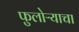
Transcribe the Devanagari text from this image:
फुलोऱ्याचा